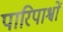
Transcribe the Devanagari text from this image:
पारिपाश्वों